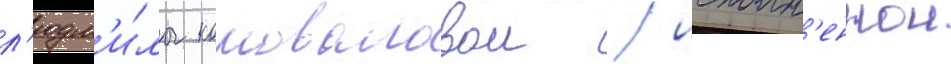
л'юдм'и́лы коноваловои / исполн'еннои